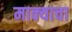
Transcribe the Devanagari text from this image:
माक्याचा